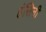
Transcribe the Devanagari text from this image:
हंसिनी